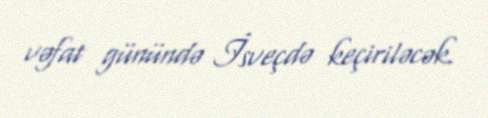
vəfat günündə İsveçdə keçiriləcək.